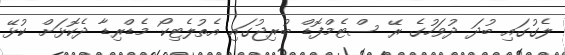
ލެގުގައި ބުދަ ދުވަހުގެ ރޭ ސްޓެމްފޮޑް ބުރިޖުގައި އެތުލެޓިކޯ މެޑްރިޑާ ދެކޮޅަށް ކުޅޭ